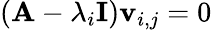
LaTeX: \left(\mathbf{A}-\lambda_{i}\mathbf{I}\right)\mathbf{v}_{i,j}=0